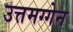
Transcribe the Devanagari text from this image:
उत्तमग्गेन